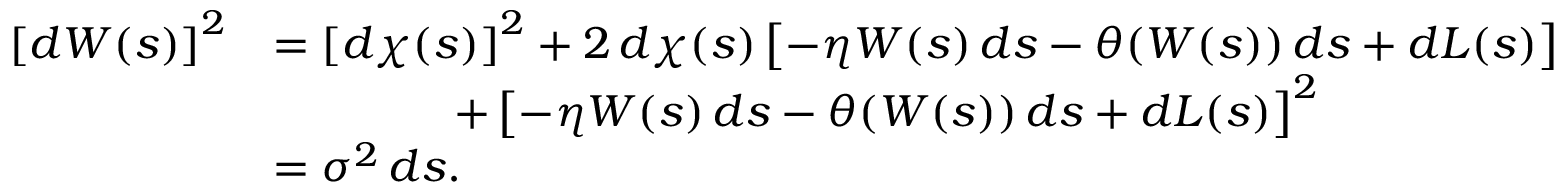
\begin{array} { r l } { \left[ d W ( s ) \right] ^ { 2 } } & { = \left[ d \chi ( s ) \right] ^ { 2 } + 2 \, d \chi ( s ) \left[ - \eta W ( s ) \, d s - \theta ( W ( s ) ) \, d s + d L ( s ) \right] } \\ & { \qquad \qquad + \left[ - \eta W ( s ) \, d s - \theta ( W ( s ) ) \, d s + d L ( s ) \right] ^ { 2 } } \\ & { = \sigma ^ { 2 } \, d s . } \end{array}